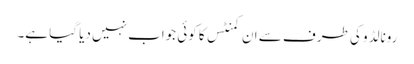
رونالڈو کی طرف سے ان کمنٹس کا کوئی جواب نہیں دیا گیا ہے۔